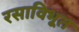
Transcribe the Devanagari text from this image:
रसाविभूत